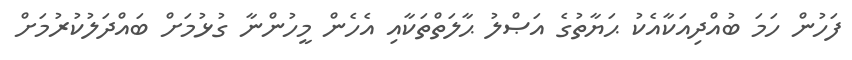
ފަހުން ހަމަ ބުއްދިއަކާއެކު ޙަޔާތުގެ އަޞްލު ޙާލަތްތަކާއި އެހެން މީހުންނާ ގުޅުމަށް ބައްދަލުކުރުމަށް